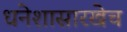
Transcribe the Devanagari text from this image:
धनेशासारखेच